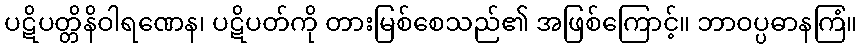
ပဋိပတ္တိနိဝါရဏေန၊ ပဋိပတ်ကို တားမြစ်စေသည်၏ အဖြစ်ကြောင့်။ ဘာဝပ္ပဓာနကြံ။